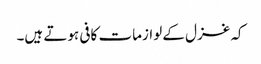
کہ غزل کے لوازمات کافی ہوتے ہیں۔